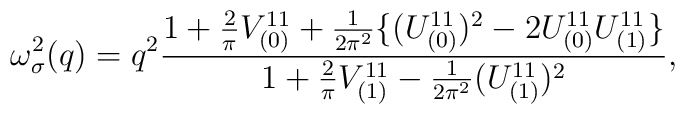
\omega^{2}_{\sigma}(q) = q^{2}  \frac{ 1 + \frac{2}{\pi} V_{(0)}^{11} + \frac{1}{2 \pi ^{2}}\{(U_{(0)}^{11})^{2} - 2 U_{(0)}^{11} U_{(1)}^{11}\} }{1 + \frac{2}{\pi} V_{(1)}^{11} - \frac{1}{2 \pi ^{2}} (U_{(1)}^{11})^{2}},